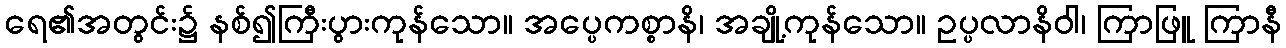
ရေ၏အတွင်း၌ နစ်၍ကြီးပွားကုန်သော။ အပ္ပေကစ္စာနိ၊ အချို့ကုန်သော။ ဥပ္ပလာနိဝါ၊ ကြာဖြူ ကြာနီ